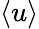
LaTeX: \langle u\rangle